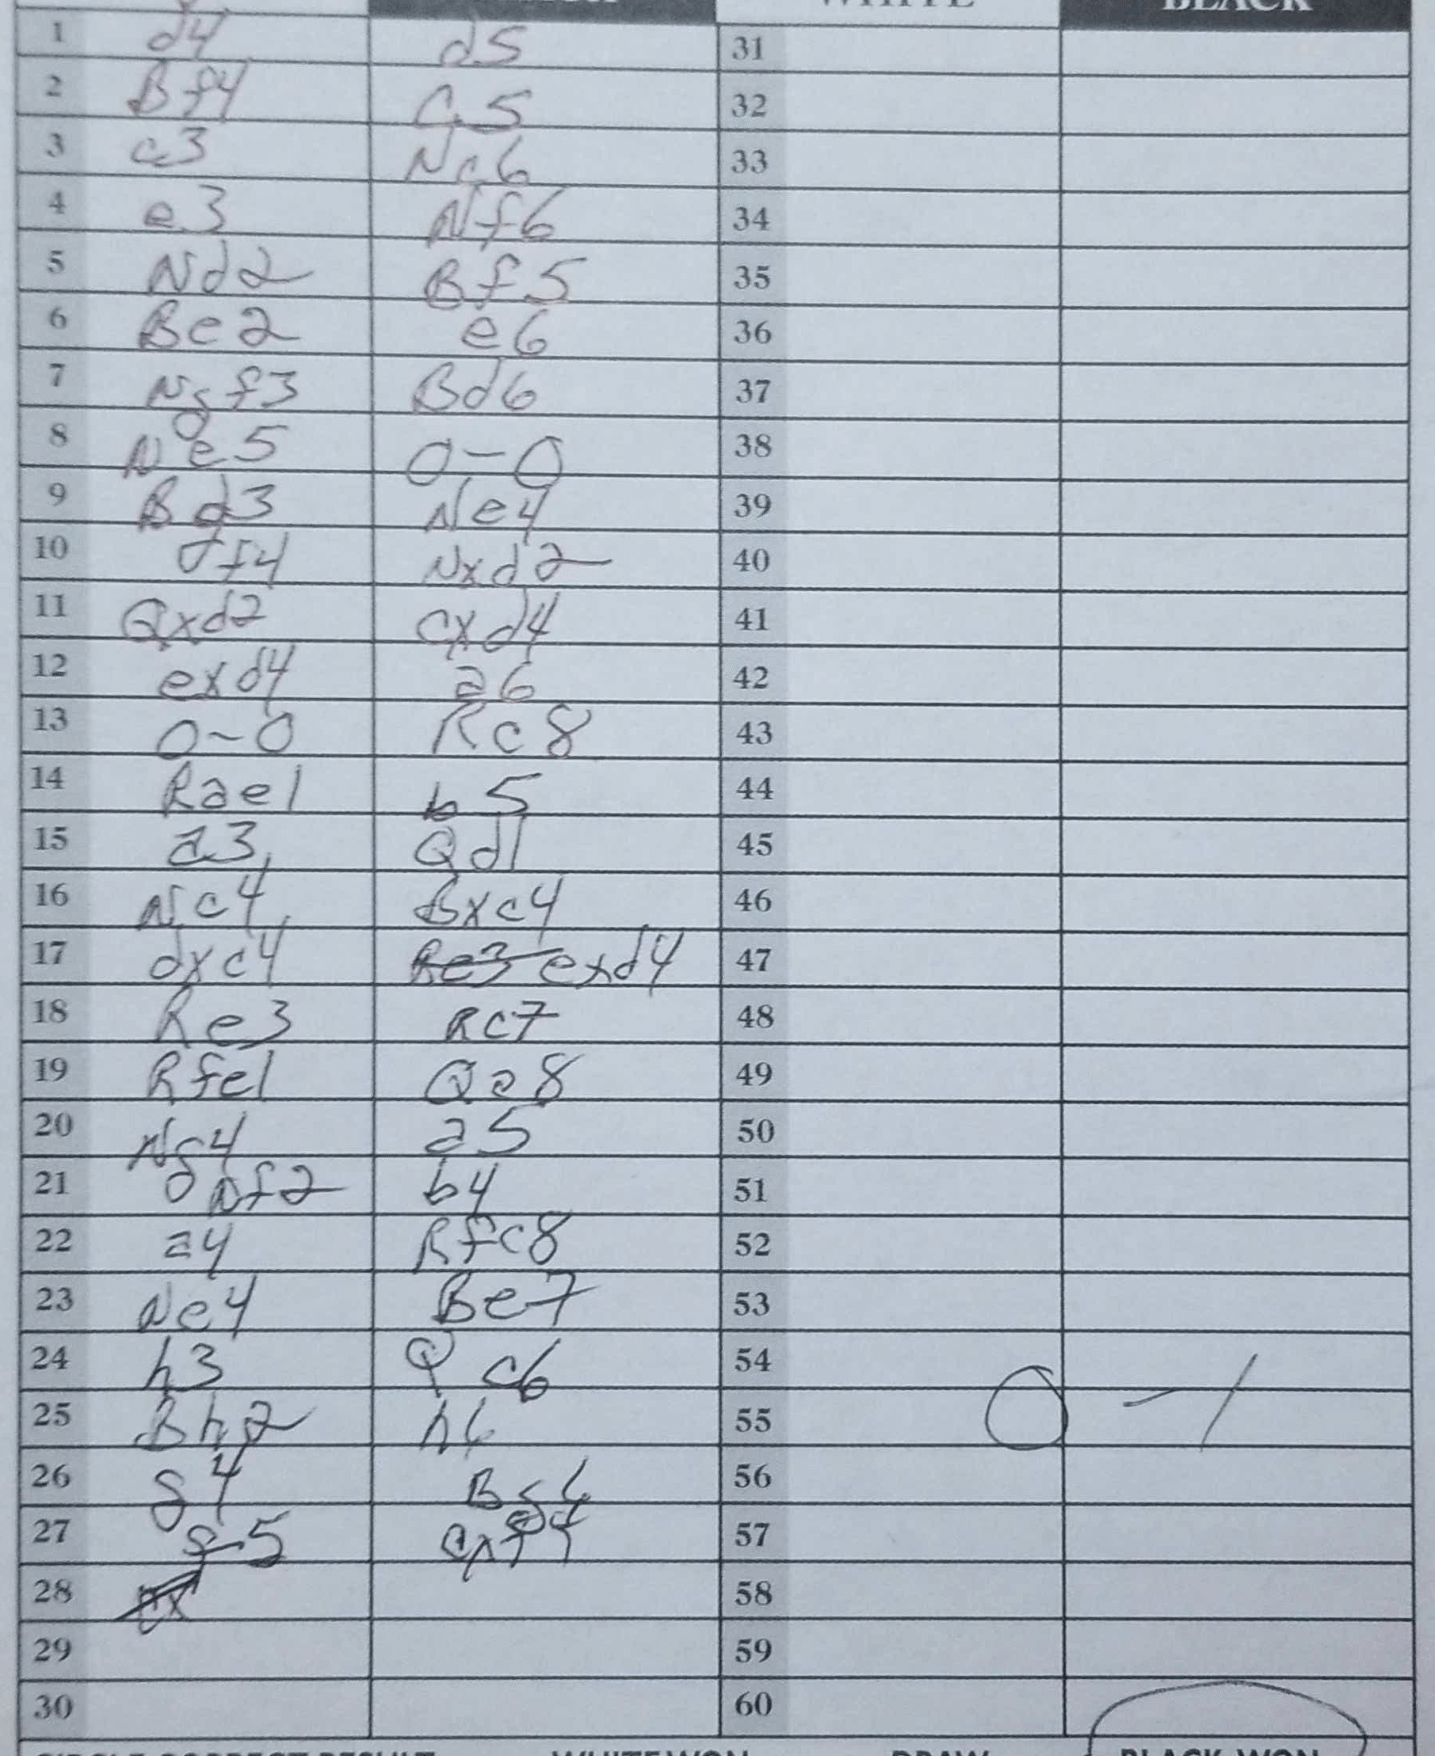
Moves: d4 d5 Bf4 c5 c3 Nc6 e3 Nf6 Nd2 Bf5 Be2 e6 Ngf3 Bd6 Ne5 O-O Bd3 Ne4 df4 Nxd2 Qxd2 cxd4 exd4 a6 O-O Rc8 Rae1 b5 a3 Qd1 Nc4 Bxc4 dxc4 exd4 Re3 Rc7 Rfe1 Qa8 Ng4 a5 Nf2 b4 a4 Rfc8 Ne4 Be7 h3 Qc6 Bh2 h6 g4 Bg6 f5 cxf4